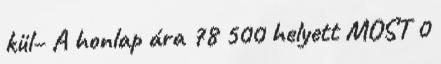
kül− A honlap ára 78 500 helyett MOST 0